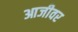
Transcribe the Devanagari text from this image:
आजीवर